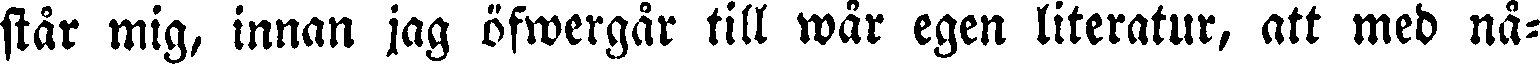
står mig, innan jag öfwergår till wår egen literatur, att med nå-